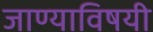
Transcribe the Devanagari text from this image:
जाण्याविषयी